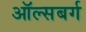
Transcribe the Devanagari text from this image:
ऑल्सबर्ग